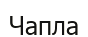
Чапла